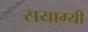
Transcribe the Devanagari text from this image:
सयाग्यी